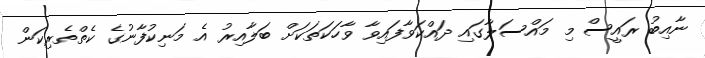
ނާއިބު ރައީސް މި މައްސަލާގައި ދައްކަވާފައިވާ ވާހަކަތަކަށް ބަލާއިރު އެ މަނިކުފާނުގެ ކެތްތެރިކަން